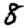
Digit: 8